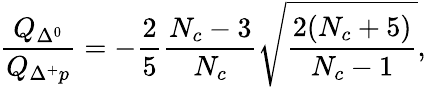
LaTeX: \frac{Q_{\Delta^{0}}}{Q_{\Delta^{+}p}}=-\frac{2}{5}\frac{N_{c}-3}{N_{c}}\sqrt{\frac{2(N_{c}+5)}{N_{c}-1}},